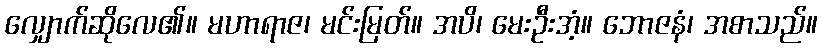
လျှောက်ဆိုလေ၏။ မဟာရာဇ၊ မင်းမြတ်။ အပိ၊ မေးဦးအံ့။ ဘောဇနံ၊ အစာသည်။